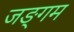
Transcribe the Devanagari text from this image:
जङ्गम